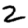
Digit: 2